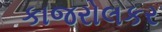
કાજરોલકર